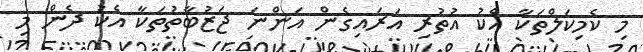
މި ކެމިކަލްތަކާ އެކު އުތުރި އަރައިގެން އަންނަ ޖަޒުބާތުތަކާ އެކު ދެން މި